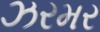
ઝરમર